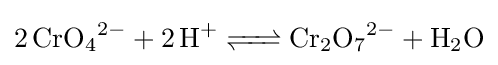
{\ce {2 CrO4^2- + 2 H+ <=> Cr2O7^2- + H2O}}